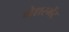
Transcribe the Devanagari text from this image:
मेशरमेंट